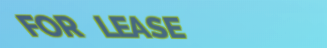
FOR LEASE